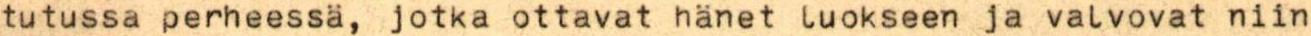
tutussa perheessä, jotka ottavat hänet luokseen ja valvovat niin